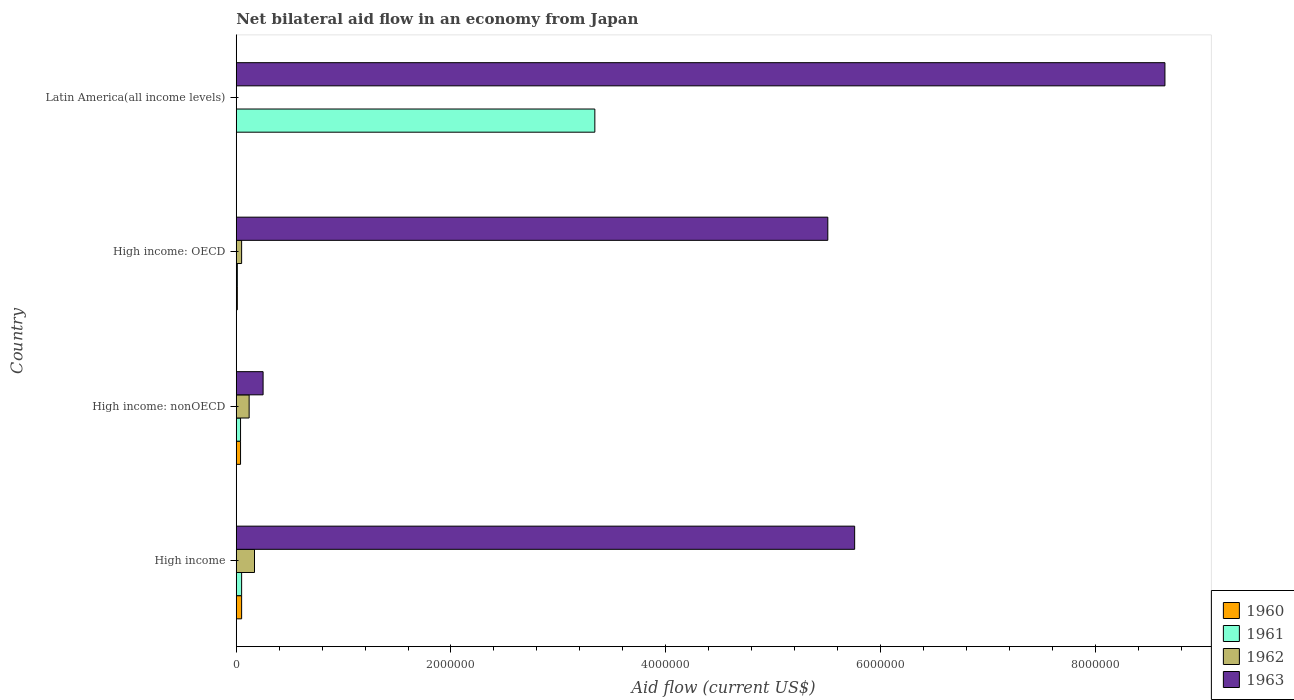
| Country | 1960 | 1961 | 1962 | 1963 |
 | --- | --- | --- | --- | --- |
 | High income | 5e+04 | 5e+04 | 1.7e+05 | 5.76e+06 |
 | High income: nonOECD | 4e+04 | 4e+04 | 1.2e+05 | 2.5e+05 |
 | High income: OECD | 1e+04 | 1e+04 | 5e+04 | 5.51e+06 |
 | Latin America(all income levels) | -4.8e+06 | 3.34e+06 | -6.08e+06 | 8.65e+06 |